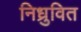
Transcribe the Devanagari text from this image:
निध्रुवित